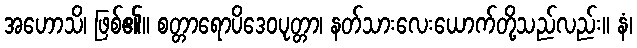
အဟောသိ၊ ဖြစ်၏။ စတ္တာရောပိဒေဝပုတ္တာ၊ နတ်သားလေးယောက်တို့သည်လည်း။ နံ၊